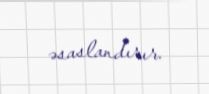
əsaslandırır.